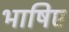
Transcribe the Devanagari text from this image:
भाषिए